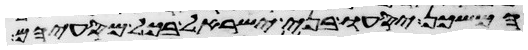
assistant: המשכן יסעו בני ישראל בכל מסעיהם